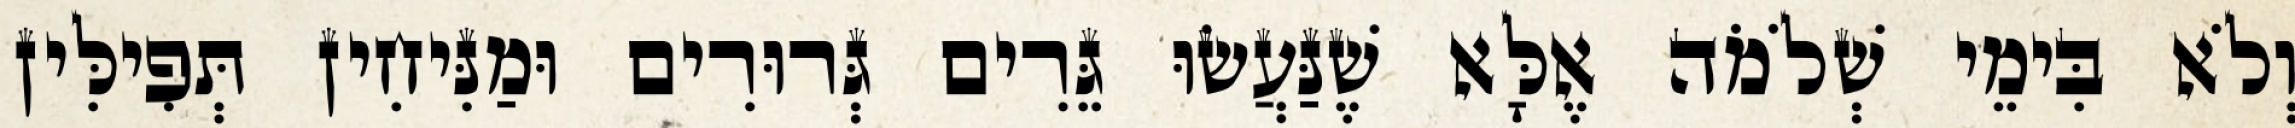
וְלֹא בִּימֵי שְׁלֹמֹה אֶלָּא שֶׁנַּעֲשׂוּ גֵּרִים גְּרוּרִים וּמַנִּיחִין תְּפִילִּין